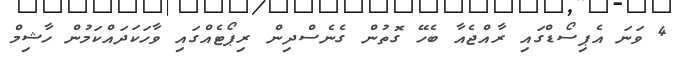
4 ވަނަ އެޕިސޯޑްގައި ރާއްޖެއާ ބެހޭ ގޮތުން ގެނެސްދިން ރިޕޯޓެއްގައި ވާހަކަދައްކަމުން ހާޝިމް